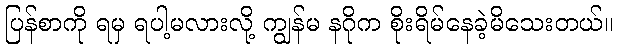
ပြန်စာကို ရမှ ရပါ့မလားလို့ ကျွန်မ နဂိုက စိုးရိမ်နေခဲ့မိသေးတယ်။